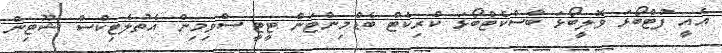
އެއީ ފުޓްބޯޅަ ވޮލީބޯޅަ ބާސްކެޓްބޯޅަ ކްރިކެޓް ބެޑްމިންޓަން ޓީޓީ ސްވިމިން އެތުލެޓިކްސް ޝޫޓިން